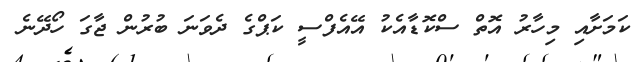
ކަމަށާއި މިހާރު އޮތް ސްކޮޑާއެކު އޭއެފްސީ ކަޕްގެ ދެވަނަ ބުރުން ޖާގަ ހޯދޭނެ